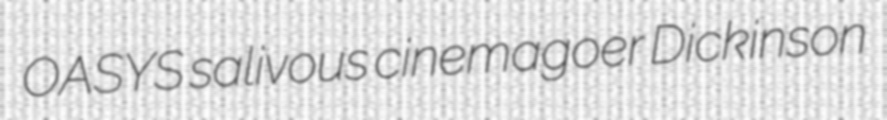
OASYS salivous cinemagoer Dickinson